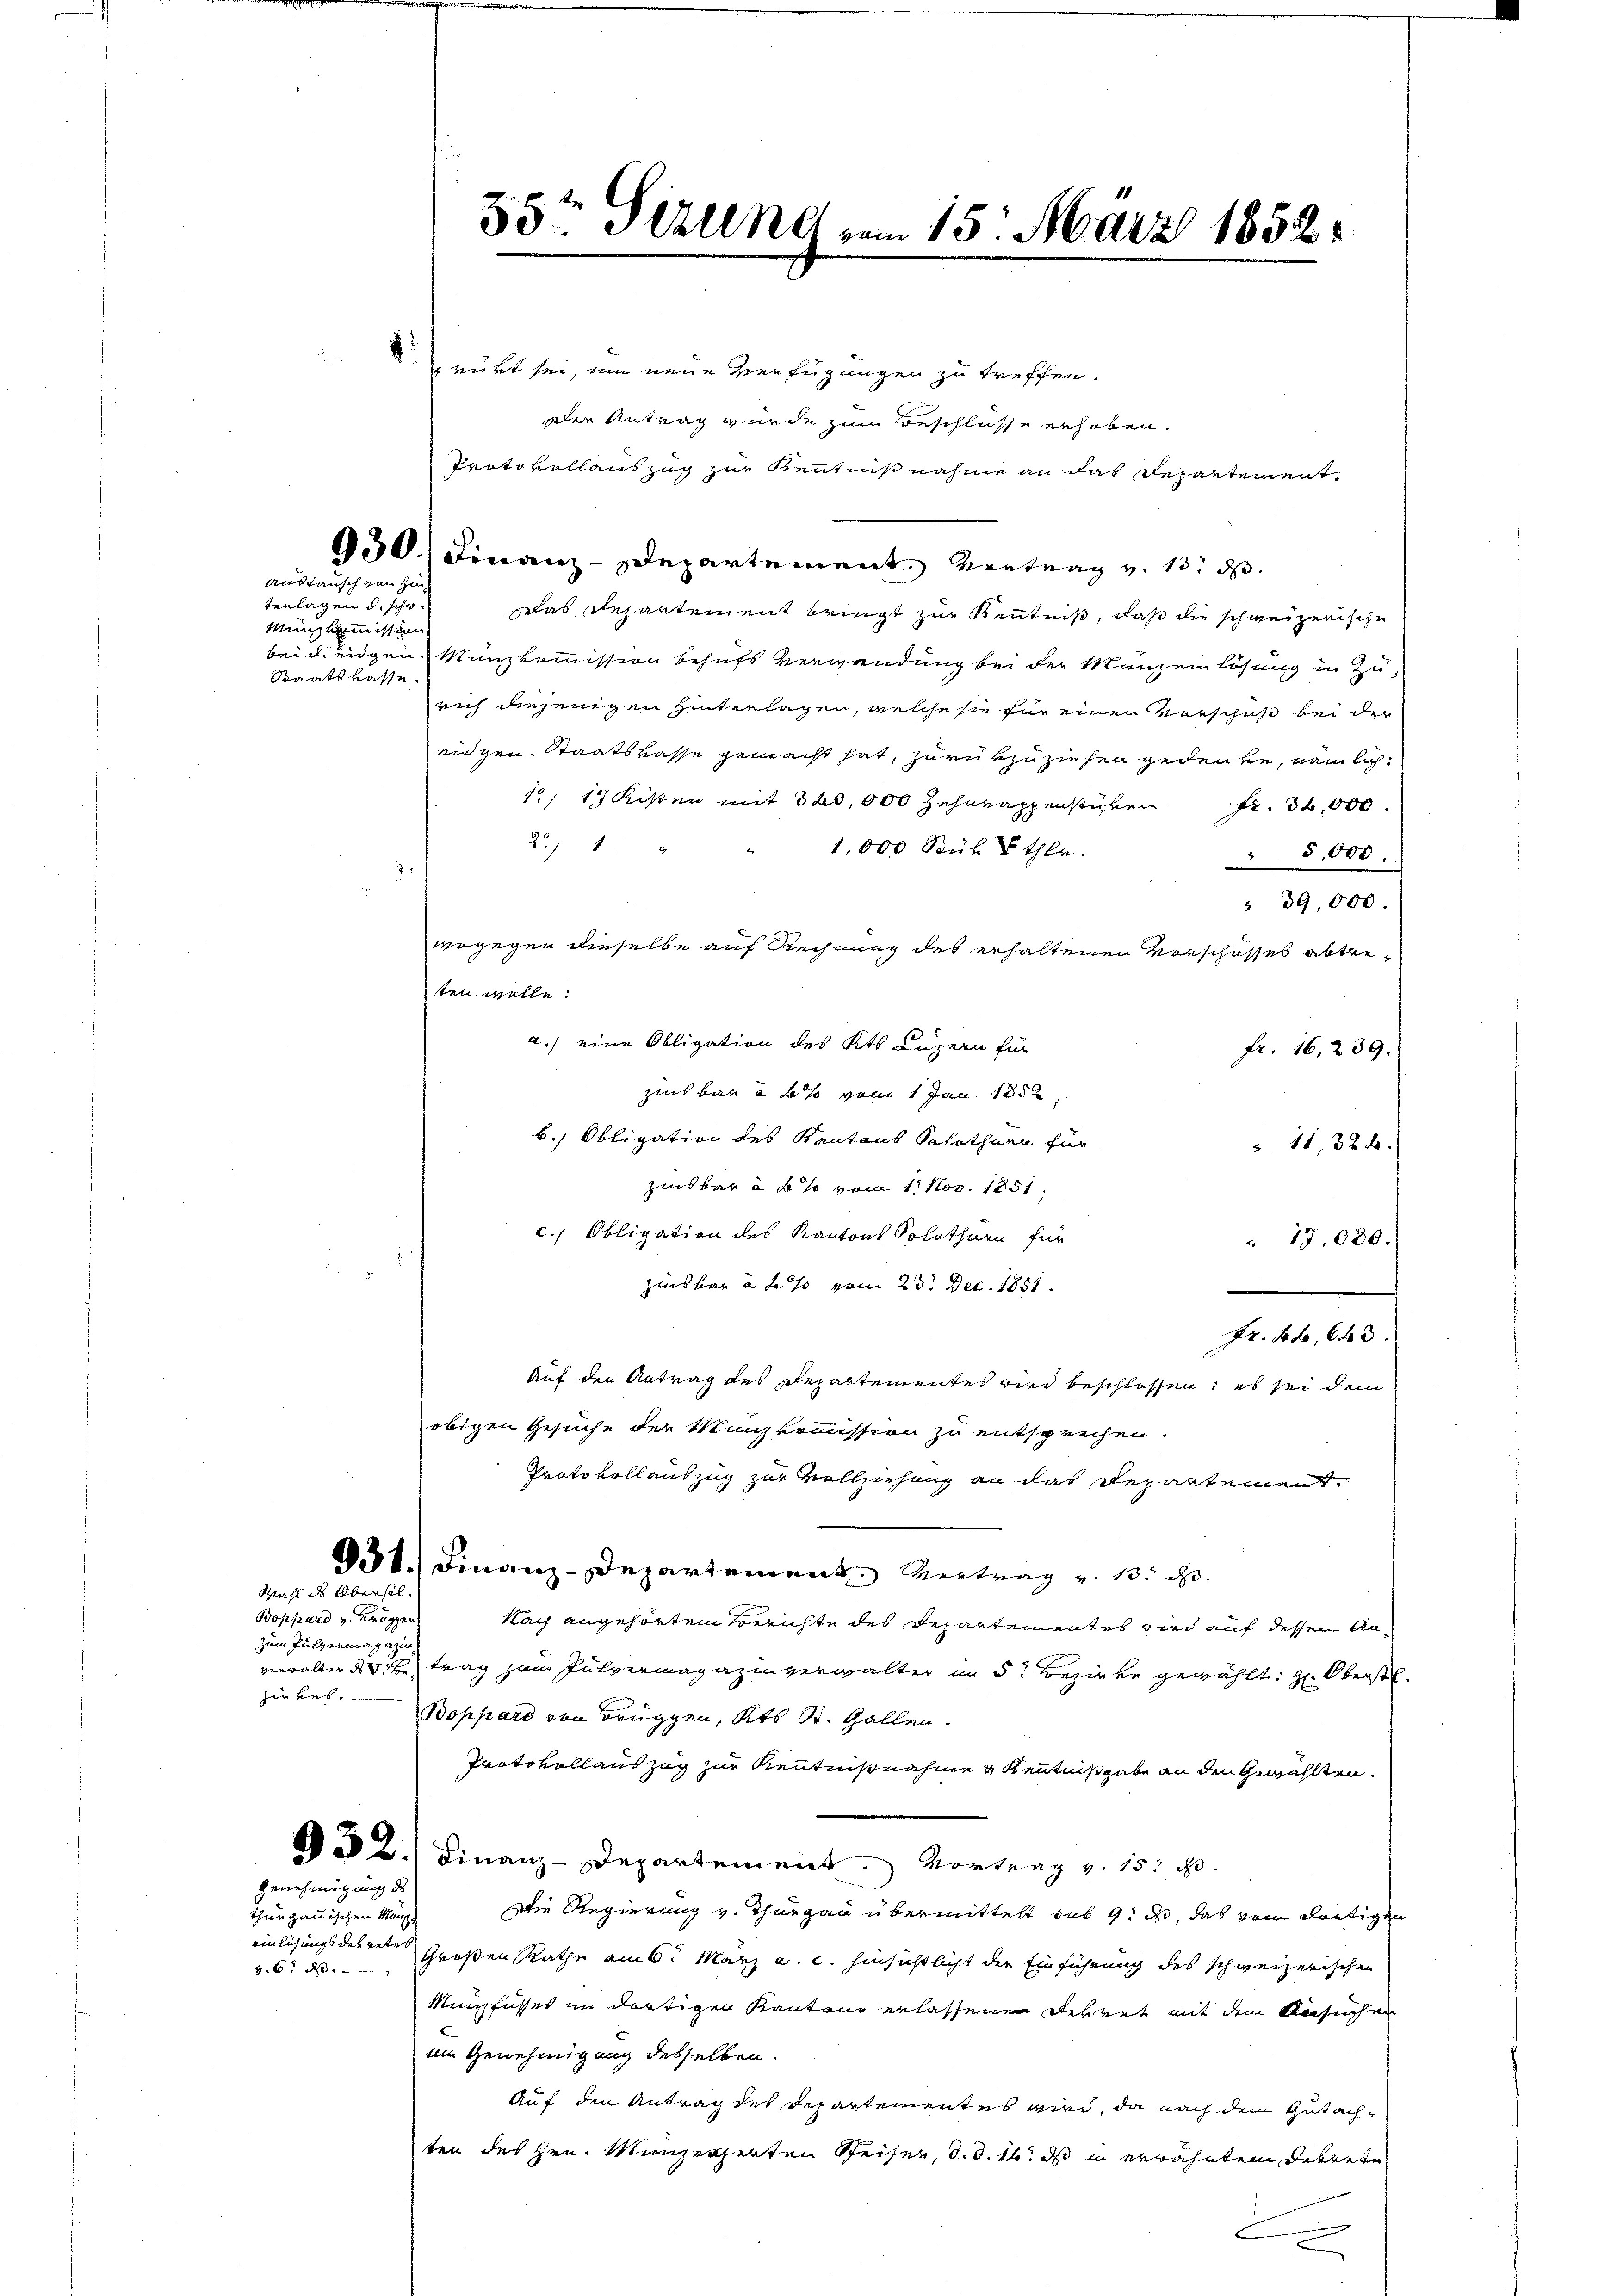
austausch von Zin¬

terlagen d. scho¬
Minskommission
Staatskasse.

Mahl des Oberstl.

Boppard v. Bruggen
zum Pulvermagazin
zeuber.

Genehmigung des
thurgauischen Manz

v. 6. d.

55t Sezung vom 15. März 1852.

rüht sei, um neue Verfügungen zu treffen.
der Antrag wurde zum Beschlüsse erhoben.
Protokollauszug zur Kenntnißnahme an das Repartement
930) Finanz-Departement. Vertrag v. 13. d.
das Repartement bringt zur Kenntniß, daß die schweizerische
bei deigen Münzkommission behufs Verwendung bei der Manzenlösung in Zurich diejenigen hinterlagen, welche sie für einen Verschuß bei der
eigen Staatskasse gemacht hat, zurükzuziehen gedenke, nämlich
15, 17 Kisten mit 320,000 Zehnrappenstücken fr. 34,000
2/ 1
1,000 Stük E thlr.
5,000.
" 39,000.
wogegen dieselbe auf Rechnung des erhaltenen Vorschosses abtreten wolle.
a.) eine Obligation des Kts. Luzern für
fr. 16. 239.
zins bar abs vom 1 Jan. 1852,
b. Obligation des Kantant Solothurn für
 11, 328.
zinsbar à 6% vom 11. Nov. 1851,
c. Obligation des Kantons Solothurn für
" 17.080.
zinsbar à la so vom 23. Dec. 1851.
Fr. 46, 643.
Auf den Antrag des Departementes wird beschlossen; es sei dem
obigen Gesuche der Mankommission zu entsprechen.
Prato vollauszug zur Vollziehung an das Departement
31.) Finanz-Departement. Vertrag v. 13. d.
Nach angehörten Berichte des Repartementes wird auf dessen Anverwalter d. Betrag zum Pulvermagazinverwalter in der Bezirke gewählt, zu Oberste
Boppard von Bruggen, Kts. St. Gallen.
Protokoll auszug zur Kenntnißnahme g Kenntnißgabe an den Gewählten.
2. Finanz-Departement. Vortrag v. 15. d.
Die Regierung v. Thurgau übermittelt sub 9. d, das vom dortigen
einlösungsdekreten Großen Rathe am 6. März a. c. hinsichtlicht der Einführung des schweizerischen
Münzfusses im dortigen Kantone erlassenen Dekret mit dem Ansuchen
im Genehmigung desselben.
Auf den Antrag des Departementes wird, da nach dem Gutachten des Hrn. Manzerpenten Reiser, d. d. 16. ds in erwähntem Dekrete
e